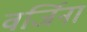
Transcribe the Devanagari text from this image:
वर्जिना